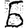
Digit: 6